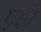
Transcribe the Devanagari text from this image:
एईं।